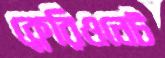
ক্লেরিওনেট